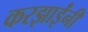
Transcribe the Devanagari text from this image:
करझाईंनी